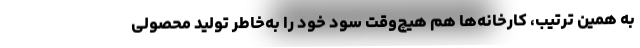
به همین ترتیب، کارخانه‌ها هم هیچ‌وقت سود خود را به‌خاطر تولید محصولی